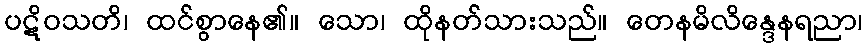
ပဋိဝသတိ၊ ထင်စွာနေ၏။ သော၊ ထိုနတ်သားသည်။ တေနမိလိန္ဒေနရညာ၊